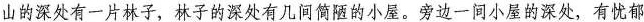
山的深处有一片林子，林子的深处有几间简陋的小屋。旁边一间小屋的深处，有忧郁